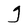
Character: g